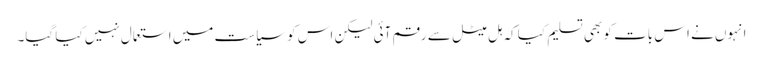
انہوں نے اس بات کو بھی تسلیم کیا کہ ہل میٹل سے رقم آئی لیکن اس کو سیاست میں استعمال نہیں کیا گیا۔